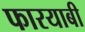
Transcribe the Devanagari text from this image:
फारयाबी